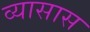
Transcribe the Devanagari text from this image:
व्यासास